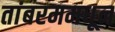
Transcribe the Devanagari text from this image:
तांबरममधून